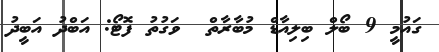
ގައުމީ 9 ބޯލް ބިލިއާޑް މުބާރާތް  ވަގުތު ފޮޓޯ: އަބްދު އަބީދު